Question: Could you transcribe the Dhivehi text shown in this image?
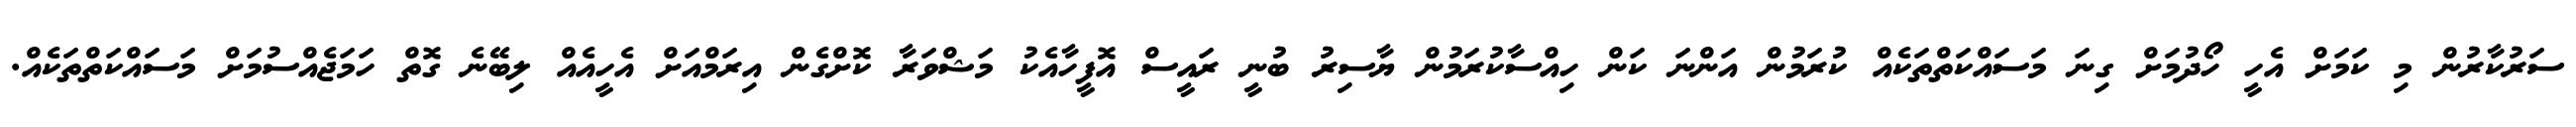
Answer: ސަރުކާރުން މި ކަމަށް އެހީ ހޯދުމަށް ގިނަ މަސައްކަތްތަކެއް ކުރަމުން އަންނަ ކަން ހިއްސާކުރަމުން ޔާސިރު ބުނީ ރައީސް އޮފީހާއެކު މަޝްވަރާ ކޮށްގެން އިރަމްއަށް އެހީއެއް ލިބޭނެ ގޮތް ހަމަޖެއްސުމަށް މަސައްކަތްތަކެއް.